Vital statistics of India. Vol. IV, Annual returns from 1871 to 1876. British Army of India, Native Army and jails of Bengal
Year: 1871
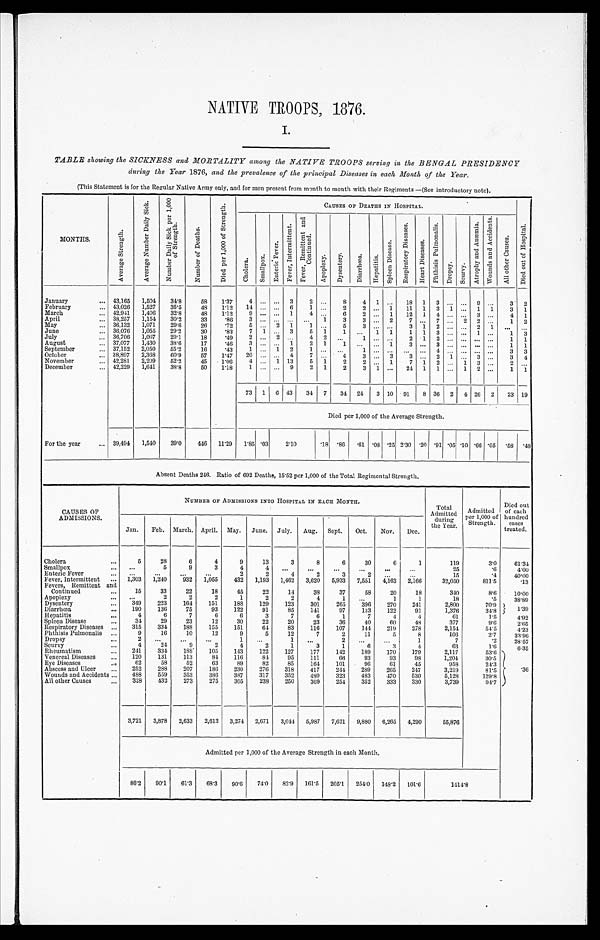
NATIVE TROOPS, 1876.
I.
TABLE showing the SICKNESS and MORTALITY among the NATIVE TROOPS serving in the BENGAL PRESIDENCY
during the Year 1876, and the prevalence of the principal Diseases in each Month of the Year.
(This Statement is for the Regular Native Army only, and for men present from month to month with their Regiments—(See introductory note).
MONTHS.
A v e r a g e S t r e n g t h .
A v e r a g e N u m b e r D a i l y S i c k .
N u m b e r D a i l y S i c k p e r 1 , 0 0 0
o f S t r e n g t h .
N u m b e r o f D e a t h s .
D i e d p e r 1 , 0 0 0 o f S t r e n g t h .
C A U S E S O F D E A T H S I N H O S P I T A L .
D i e d o u t o f H o s p i t a l .
C h o l e r a . S m a l l p o x .
E n t e r i c F e v e r .
F e v e r , I n t e r m i t t e n t .
F e v e r , R e m i t t e n t a n d
C o n t i n u e d .
A p o p l e x y . D y s e n t e r y . D i a r r h œ a .
H e p a t i t i s .
S p l e e n D i s e a s e .
R e s p i r a t o r y D i s e a s e s .
H e a r t D i s e a s e s .
P h t h i s i s P u l m o n a l i s .
D r o p s y . S c u r v y .
A t r o p h y a n d A n æ m i a .
W o u n d s a n d A c c i d e n t s .
A l l o t h e r C a u s e s .
January
43,165 1,504 34.8 58 1.37 4
3 2
8 4 1
18 1 3
9
3 2
February
43,026 1,527 35.5 48 1.12 14
6 1
2 2
1 11 1 3 1
1 1 3 1
March
42,941 1,406 32.8 48 1.12 9
1 4
6 2
1 12 1 4
3
4 1
April
38,257 1,154 30.2 33 .86 3
1 3 3
2 7
7
2 2
1 2
May
36,132 1,071 29.6 26 .72 5
2 1 1
5 3
3 1 2
2 1
June
36,076 1,055 29.2 30 .83 7 1
3 5 1 1
1 1 1 1 3
1
1 3
July
36,706 1,067 29.1 18 .49 2
2
4 2
1
2 1 2
1 1
August
37,077 1,430 38.6 17 .46 3
1 2 1 1
1 3
3
1 1
September
37,152 2,050 55.2 16 .43 1
1 2 1
1
4
3 3
October
38,897 2,368 60.9 57 1.47 20
4 7
4 3
3 3
2 1
3
3 4
November
42,281 2,209 52.2 45 1.06 4
1 13 5 1 2 2
1 7 1 2
1 3
2
December
42,229 1,641 38.8 50 1.18 1
9 2 1 2 3 1
24 1 1
1 2
1 1
73 1 6 43 34 7 34 24 3 10 91 8 36 2 4 26 2 23 19
Died per 1,000 of the Average Strength.
For the year
39,494 1,540 39.0 446 11.29 1.85 . 03 2.10
.18 .86 .61 .08 . 2 5 2.30 .20 .91 .05 .10 .66 .05
. 5 8 .48
Absent Deat hs 246. Rat i o of 692 Deat hs, 15. 52 per 1, 000 of t he Tot al Regi ment al St r engt h.
CAUSES OF
ADMISSIONS.
NUMBER OF ADMISSIONS INTO HOSPITAL IN EACH MONTH.
Total
Admitted duri
ng
the Year.
Admitted
per 1,000 of
Strength.
Died out
of each
hundred cases
treated.
Jan. Feb. March. April. May. June. July. Aug. Sept. Oct. Nov. Dec.
Cholera
5 28
6
4
9 13
3
8
6 30
6
1
119
3.0 6 1 . 3 4
Smallpox
5
9
3
4
4
25
.6
4 . 0 0
Enteric Fever
2
2
4
2
3
2
15
.4 4 0 . 0 0
Fever, Intermittent
1,303 1,240 932 1,055 432 1,193 1,462 3,620 5,933 7,551 4,163 2,166
32,050
811.5
.13
Fevers, Remittent and
Continued
15 33 22 18 45 22 14 38 37 58 20 18
340
8.6 1 0 . 0 0
Apopl exy
2
2
2
1
2
2
4
1
1
1
18
.5 3 8 . 8 9
Dysentery
349 223 164 151 188 129 123 301 265 396 270 241
2,800
70.9
1.39
Diarrhœa 190 136 75 93 122 91 85 141 97 133 122 91
1,376
34.8
Hepatitis
4
6
7
6
6
3
7
6
1
7
4
4
61
1.5
4 . 9 2
Spl een Di sease
34 29 23 12 30 22 20 23 36 40 60 48
377
9.6
2 . 6 5
Respiratory Diseases
315 334 188 155 151 64 83 116 107 144 219 278
2,154
54.5
4 . 2 3
Phthisis Pulmonalis
9 16 10 12
9
5 12
7
2 11
5
8
106
2.7 3 3 . 9 6
Dropsy
2
1
1
2
1
7
. 2 2 8 . 5 7
Scurvy
4 24
9
2
4
2
1
3
1
6
3
4
63
1.6
6.35
Rheumatism
241 334 188 105 143 122 127 177 142 189 170 179
2,117
53.6
.36
Venereal Di seases
120 131 113 84 116 84 95 111
6 6 93 93 98
1,204
3 0 . 5
Eye Diseases
6 2 58 52 63 89 82 85 164 101 96 61 45
958
24.3
Abscess and Ul cer
252 288 207 186 230 276 318 417 244 289 265 247
3,219
81.5
Wounds and Acci dents
488 559 353 386 337 347 352 480 323 483 470 530
5,128
129.8
All other Causes
328 432 273 275 305 238 250 369 254 352 333 330
3,739
94.7
3,721 3,878 2,633 2,612 3,274 2,671 3,044 5,987 7,621 9,880 6,265 4,290
55,876
Admi t t ed per 1, 000 of t he Aver age St r engt h i n each Mont h.
86.2 90.1 61.3 68.3 90.6 74.0 82.9 161.5 205.1 254.0 148.2 101.6
1 4 1 4 . 8